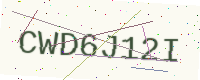
Text: CWD6J12I